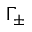
\Gamma _ { \pm }